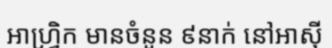
អាហ្វ្រិក មានចំនួន ៩នាក់ នៅអាស៊ី